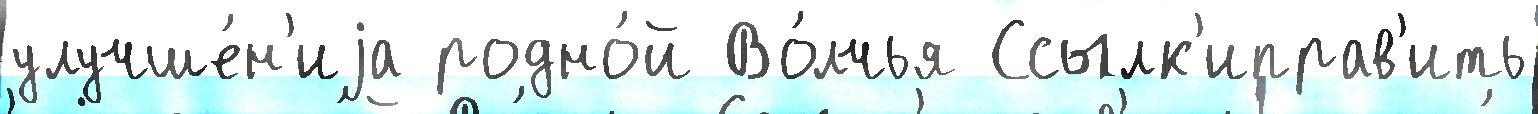
улучше́н'иjа родно́й Во́лчья Ссылк'иправ'ить